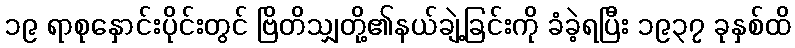
၁၉ ရာစုနှောင်းပိုင်းတွင် ဗြိတိသျှတို့၏နယ်ချဲ့ခြင်းကို ခံခဲ့ရပြီး ၁၉၃၇ ခုနှစ်ထိ